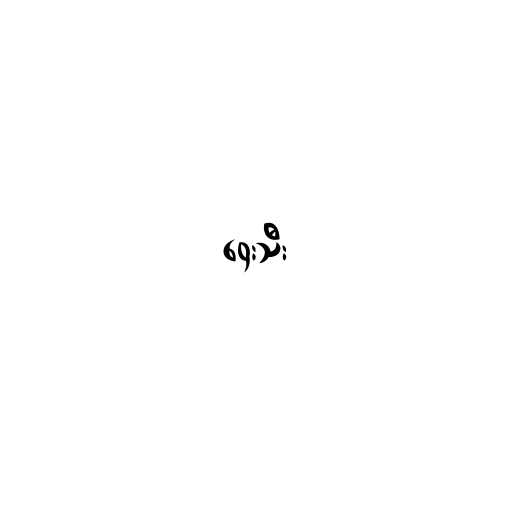
ဝှေးသီး